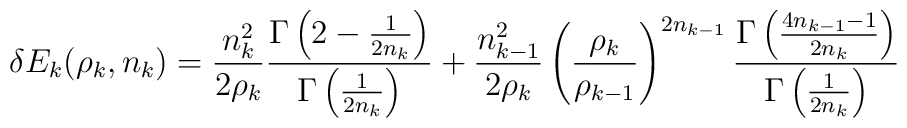
\delta E_k (\rho_k,n_k) =   \frac{ n_k^2 }{ 2 \rho_k }   \frac{ \Gamma\left( 2-{ 1 \over 2n_k } \right) }        { \Gamma\left( { 1 \over 2n_k } \right) } +   \frac{ n_{k-1}^2 }{ 2 \rho_k }   \left( \frac{ \rho_k }{ \rho_{k-1} } \right)^{ 2n_{k-1} }   \frac{ \Gamma\left( { 4n_{k-1}-1 \over 2n_k } \right) }        { \Gamma\left( { 1 \over 2n_k } \right) }